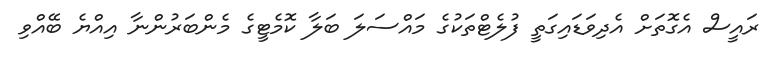
ރައީސް އެގޮތަށް އެދިވަޑައިގަތީ ފުލެޓްތަކުގެ މައްސަލަ ބަލާ ކޮމެޓީގެ މެންބަރުންނާ އިއްޔެ ބޭއްވި